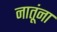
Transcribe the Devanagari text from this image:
नातूंना